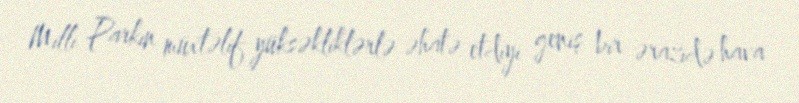
Milli Parkın müxtəlif yüksəkliklərlə əhatə etdiyi geniş bir ərazidə hava